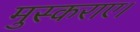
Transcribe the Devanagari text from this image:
मुस्कराए।